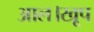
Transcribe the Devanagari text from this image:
आल।खूप